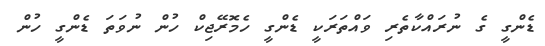
ޑެންގީ ގެ ނުރައްކާތެރި ވައްތަރަކީ ޑެންގީ ހެމޮރޭޖިކް ހުން ނުވަތަ ޑެންގީ ހުން